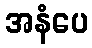
အနံပေ